Scottish Leaving Certificate Examination, 1959
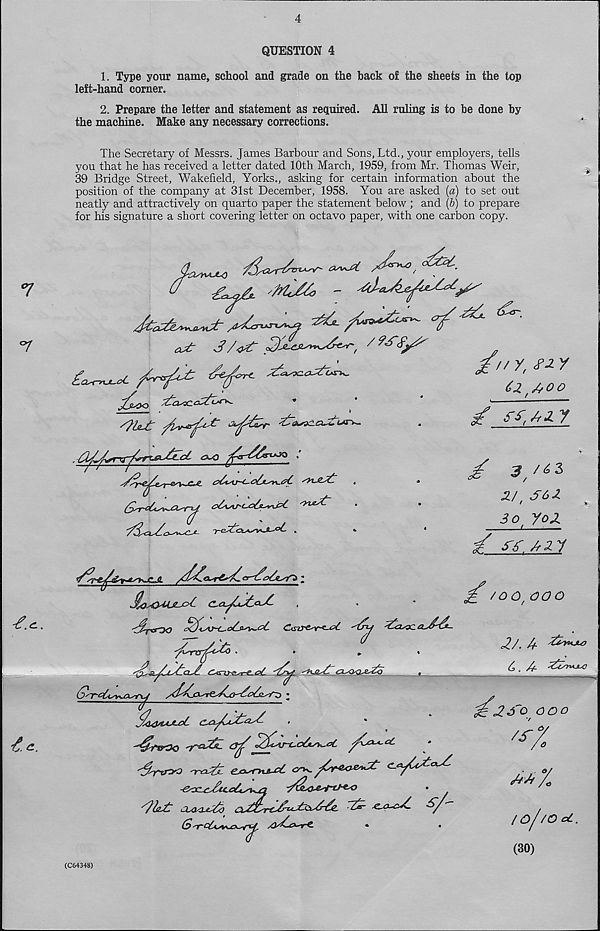
4
QUESTION 4
1. Type your name, school and grade on the back of the sheets in the top
left-hand corner.
2. Prepare the letter and statement as required. All ruling is to be done by
the machine. Make any necessary corrections.
The Secretary of Messrs. James Barbour and Sons, Ltd., your employers, tells
you that he has received a letter dated 10th March, 1959, from Mr. Thomas Weir,
39 Bridge Street, Wakefield, Yorks., asking for certain information about the
position of the company at 31st December, 1958. You are asked {a) to set out
neatly and attractively on quarto paper the statement below ; and [b) to prepare
for his signature a short covering letter on octavo paper, with one carbon copy.
^asscc3Z*^~
3tyu~c-o^t-yy^.3
/v y, ^ x
62 AOO
if _££22J-
■y-e^Uctj+sVKj— 0^ .
^
3/63
2/ 1 362
30 yox
/
-
££AU
3 ,oq , 000
MoA}4ULjc3- CLcl/jl3.<*3.
/raryo
C<siy^r<-A-
3a^3ca33~
■
■
•
2/ ' u
C4Ciy&*t£. aL
^
, J.c'o
.
^ ^
ri
, '
//
/ s ,
v
/Q4ttAJLa6
-/rv^Q ^-33- a/' /C*n~o6i^.0t
'Sr**) 'r^L
^
c.yCc3<U-
-e<X1^3ti.cC3uT
OM^LA^b Ck3Z2rtL333ci3-3£. 3b- ^a~c3. 3/
(3
•
•
^230
/3
000
o,
o
/of/Oct.
(C64348)